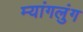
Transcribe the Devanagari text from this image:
म्यांगलुंग